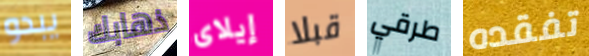
يبدو ذهابك إيلاى قبلا طرقي تفقده